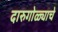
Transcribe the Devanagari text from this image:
दारुगोळ्याचे